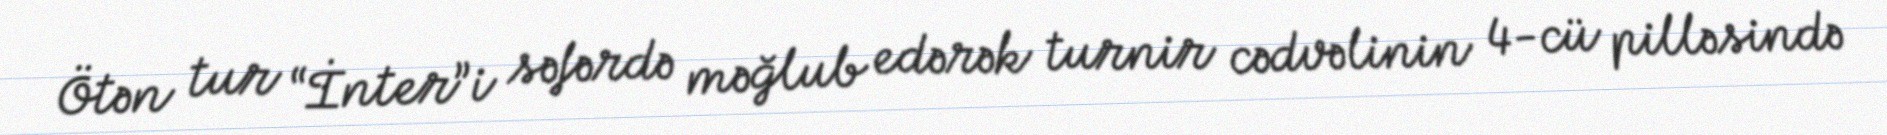
Ötən tur “İnter”i səfərdə məğlub edərək turnir cədvəlinin 4-cü pilləsində